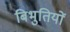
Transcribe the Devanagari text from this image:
बिभुतियों